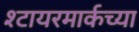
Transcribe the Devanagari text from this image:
श्टायरमार्कच्या